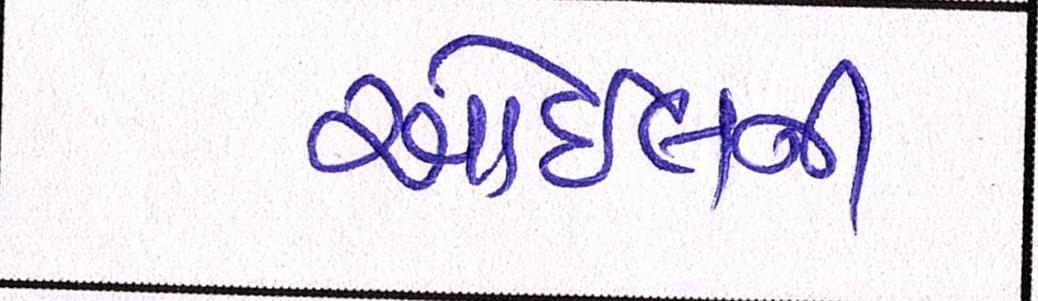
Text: ઓઈલની